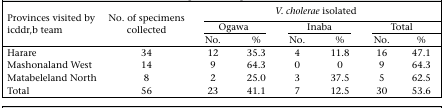
<table><thead><tr><td rowspan="3"><b>Provinces visited by icddr,b team</b></td><td rowspan="3"><b>No. of specimens collected</b></td><td colspan="6"><b><i>V. cholerae</i> isolated</b></td></tr><tr><td colspan="2"><b>Ogawa</b></td><td colspan="2"><b>Inaba</b></td><td colspan="2"><b>Total</b></td></tr><tr><td><b>No.</b></td><td><b>%</b></td><td><b>No.</b></td><td><b>%</b></td><td><b>No.</b></td><td><b>%</b></td></tr></thead><tbody><tr><td>Harare</td><td>34</td><td>12</td><td>35.3</td><td>4</td><td>11.8</td><td>16</td><td>47.1</td></tr><tr><td>Mashonaland West</td><td>14</td><td>9</td><td>64.3</td><td>0</td><td>0</td><td>9</td><td>64.3</td></tr><tr><td>Matabeleland North</td><td>8</td><td>2</td><td>25.0</td><td>3</td><td>37.5</td><td>5</td><td>62.5</td></tr><tr><td>Total</td><td>56</td><td>23</td><td>41.1</td><td>7</td><td>12.5</td><td>30</td><td>53.6</td></tr></tbody></table>